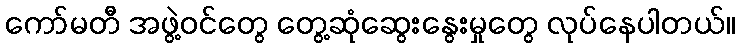
ကော်မတီ အဖွဲ့ဝင်တွေ တွေ့ဆုံဆွေးနွေးမှုတွေ လုပ်နေပါတယ်။